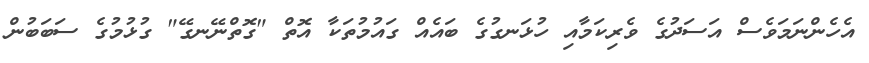
އެހެންނަމަވެސް އަސަދުގެ ވެރިކަމާއި ހުޅަނގުގެ ބައެއް ގައުމުތަކާ އޮތް "ގޮތްނޭނގޭ" ގުޅުމުގެ ސަބަބުން